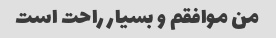
من موافقم و بسیار راحت است